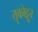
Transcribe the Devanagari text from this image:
तृकोट्टूर